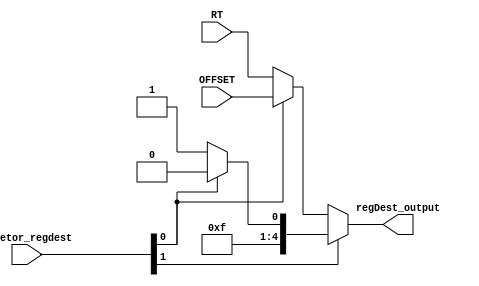
module reg_destination(
    input wire [1:0] seletor_regdest,

    input wire [20:16] RT,              // Inst.20-16                - 000 (5 bits, rt)
    input wire [15:11] OFFSET,         // Inst.15-11                - 001 (5 bits, offset/imediato)
    // 29 (Registrador 29, SP)                          - 010
    // 30                                               - 011
    // 31                                               - 100

    output wire [4:0] regDest_output
);
    // 00 RT, 01 OFFSET, 10 31, 11 30
    assign regDest_output = seletor_regdest[1] ? (seletor_regdest[0] ? 5'd30 : 5'd31) : (seletor_regdest[0] ? OFFSET : RT);
endmodule